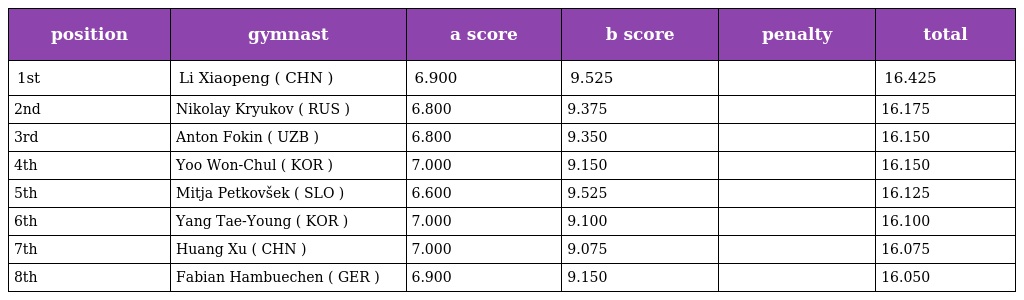
| position | gymnast | a score | b score | penalty | total |
 | --- | --- | --- | --- | --- | --- |
 | 1st | Li Xiaopeng ( CHN ) | 6.900 | 9.525 |  | 16.425 |
 | 2nd | Nikolay Kryukov ( RUS ) | 6.800 | 9.375 |  | 16.175 |
 | 3rd | Anton Fokin ( UZB ) | 6.800 | 9.350 |  | 16.150 |
 | 4th | Yoo Won-Chul ( KOR ) | 7.000 | 9.150 |  | 16.150 |
 | 5th | Mitja Petkovšek ( SLO ) | 6.600 | 9.525 |  | 16.125 |
 | 6th | Yang Tae-Young ( KOR ) | 7.000 | 9.100 |  | 16.100 |
 | 7th | Huang Xu ( CHN ) | 7.000 | 9.075 |  | 16.075 |
 | 8th | Fabian Hambuechen ( GER ) | 6.900 | 9.150 |  | 16.050 |